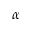
\alpha